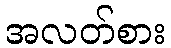
အလတ်စား